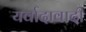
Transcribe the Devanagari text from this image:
यर्वादावादी